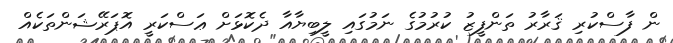
ން ފާސްކުރި ޤަރާރު ތަންފީޒު ކުރުމުގެ ނަމުގައި ލީބިޔާއާ ދެކޮޅަށް ޢަސްކަރީ އޮޕަރޭޝަންތަކެއް